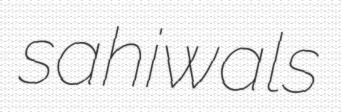
sahiwals